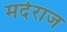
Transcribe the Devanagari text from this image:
मर्दराज